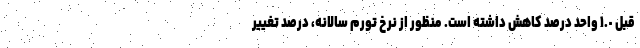
قبل ١.٠ واحد درصد کاهش داشته است. منظور از نرخ تورم سالانه، درصد تغییر